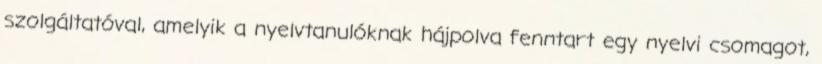
szolgáltatóval, amelyik a nyelvtanulóknak hájpolva fenntart egy nyelvi csomagot,